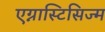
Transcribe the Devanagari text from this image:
एग्नास्टिसिज्म